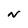
Character: N